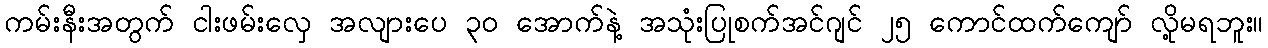
ကမ်းနီးအတွက် ငါးဖမ်းလှေ အလျားပေ ၃၀ အောက်နဲ့ အသုံးပြုစက်အင်ဂျင် ၂၅ ကောင်ထက်ကျော် လို့မရဘူး။